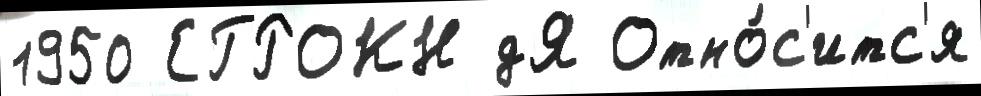
1950 ЕГРОКН дЯ Отно́с'итс'я